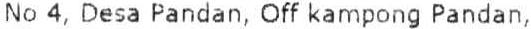
NO 4, DESA PANDAN, OFF KAMPONG PANDAN,